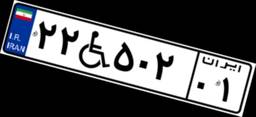
۲۲W۵۰۲۰۱